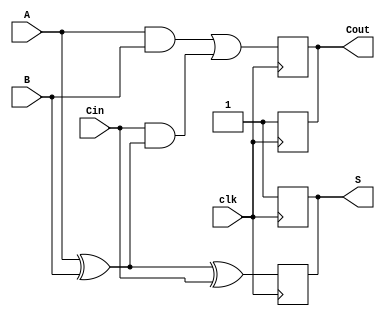
module dynamic_full_adder (
    input wire A,     // First binary input
    input wire B,     // Second binary input
    input wire Cin,   // Carry-in input
    input wire clk,   // Clock signal
    output reg S,     // Sum output
    output reg Cout   // Carry-out output
);
    
    // Internal signals
    wire S_temp, Cout_temp;
    
    // Precharge phase logic (Currently simplified)
    // Normally you would have a separate precharge control for dynamic logic
    always @(posedge clk) begin
        // Precharge phase: Set outputs to high
        S <= 1'b1;  
        Cout <= 1'b1;  
    end

    // Evaluation phase logic
    always @(negedge clk) begin
        // Compute the sum and carry-out using combinational logic
        S_temp = A ^ B ^ Cin;                            // S = A XOR B XOR Cin
        Cout_temp = (A & B) | (Cin & (A ^ B));         // Cout = (A AND B) OR (Cin AND (A XOR B))
        
        // Discharge the outputs based on the computed values
        S <= S_temp;
        Cout <= Cout_temp;
    end
    
endmodule